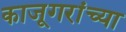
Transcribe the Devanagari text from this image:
काजूगरांच्या